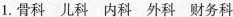
1.骨科 儿科 内科 外科 财务科